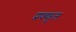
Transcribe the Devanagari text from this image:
प्रफ्फुल